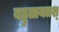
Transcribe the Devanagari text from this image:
बहुतायतश्